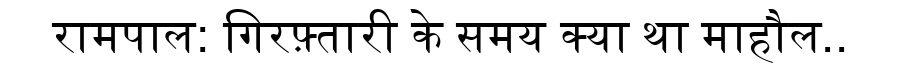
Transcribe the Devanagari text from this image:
रामपाल: गिरफ़्तारी के समय क्या था माहौल..